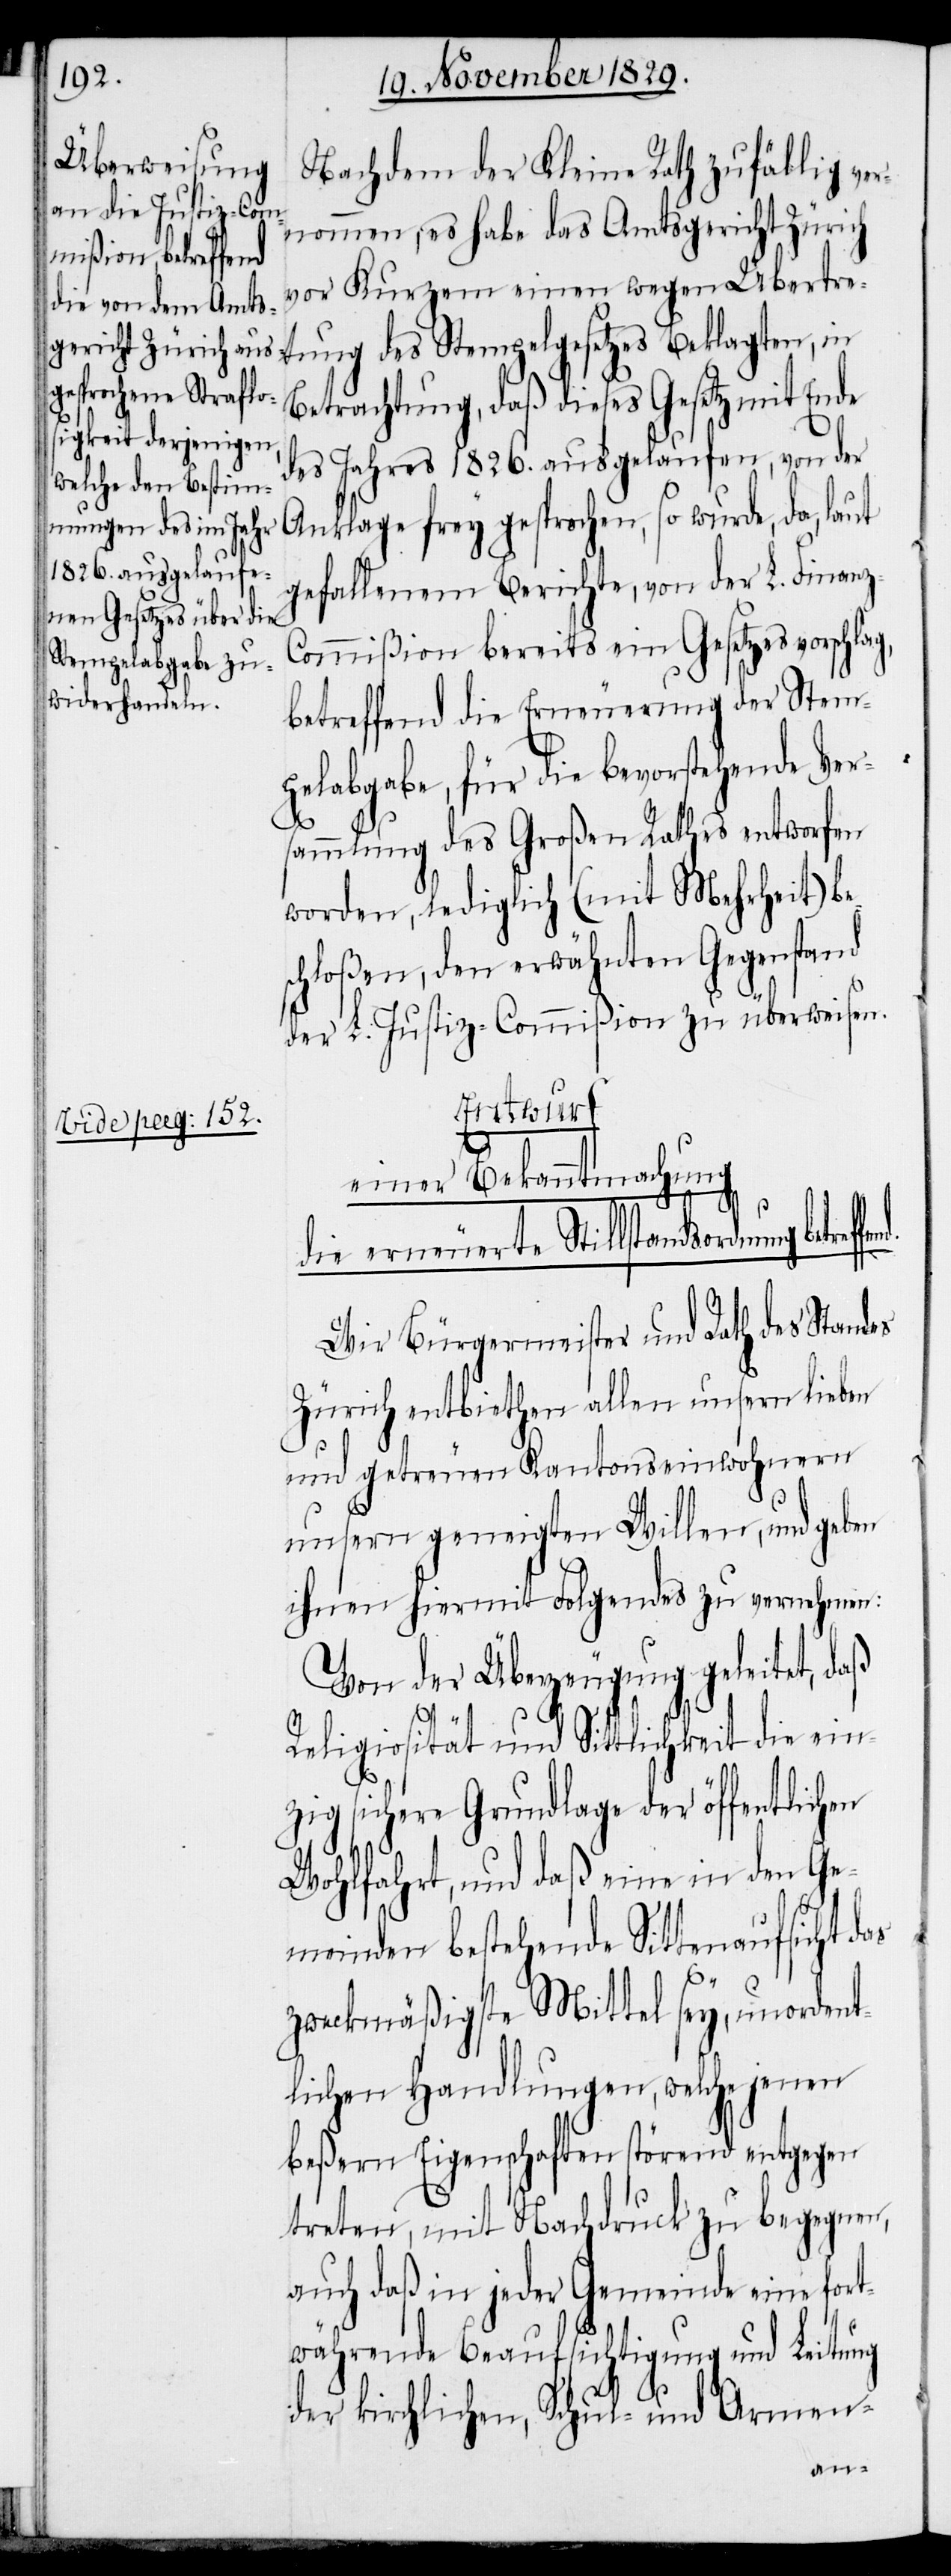
Nachdem der Kleine Rath zufällig ver¬
nommen, es habe das Amtsgericht Zürich
vor Kurzem einen wegen Übertre¬
tung des Stempelgesetzes Beklagten, in
Betrachtung, daß dieses Gesetz mit Ende
des Jahres 1826. ausgelaufen, von der
Anklage frey gesprochen, so wurde, da, laut
gefallenem Berichte, von der L. Finan¬
ommißion bereits ein Gesetzesvorschlag,
betreffend die Erneuerung der Stem¬
pelabgabe, für die bevorstehende Ver¬
sammlung des Großen Rathes entworfen
worden, lediglich (mit Mehrheit) be¬
schloßen, den erwähnten Gegenstand
der L. Justiz-Commißion zu überweisen.
Entwurf
einer Bekanntmachung
fend.
die erneuerte Stillstandsordnung
Wir Bürgermeister und Rath des Standes
Zürich entbiethen allen unsern lieben
und getreuen Kantonseinwohnern
unsern geneigten Willen, und geben
ihnen hiermit Folgendes zu vernehmen:
Von der Überzeugung geleitet, daß
Religiosität und Sittlichkeit die ein¬
zig sichere Grundlage der öffentlichen
Wohlfahrt, und daß eine in den Ge¬
meinden bestehende Sittenaufsicht das
zweckmäßigste Mittel sey, unordent¬
lichen Handlungen, welche jenen
beßern Eigenschaften störend entgegen
treten, mit Nachdruck zu begegnen,
auch daß in jeder Gemeinde eine for¬
twährende Beaufsichtigung und Leitung
der kirchlichen, Schul- und Armen-